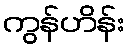
ကွန်ဟိန်း